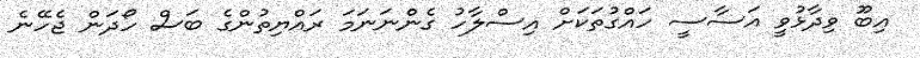
އިބޫ ވިދާޅުވީ އަސާސީ ހައްގުތަކަށް އިސްލާހު ގެންނަނަމަ ރައްޔިތުންގެ ބަސް ހޯދަން ޖެހޭނެ